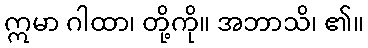
ဣမာ ဂါထာ၊ တို့ကို။ အဘာသိ၊ ၏။